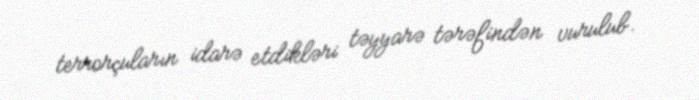
terrorçuların idarə etdikləri təyyarə tərəfindən vurulub.